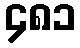
၄၈၁